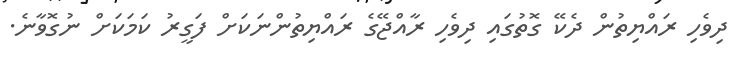
ދިވެހި ރައްޔިތުން ދެކޭ ގޮތުގައި ދިވެހި ރާއްޖޭގެ ރައްޔިތުންނަކަށް ފަގީރު ކަމަކަށް ނުގޮވާނެ.